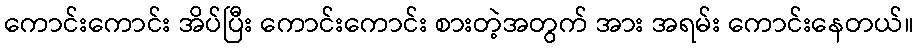
ကောင်းကောင်း အိပ်ပြီး ကောင်းကောင်း စားတဲ့အတွက် အား အရမ်း ကောင်းနေတယ်။